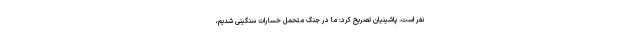
نفر است. پاشینیان تصریح کرد: ما در جنگ متحمل خسارات سنگینی شدیم،